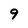
Character: 9